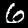
Label: 6